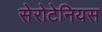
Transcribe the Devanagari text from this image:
सेरोटेनियस